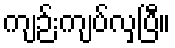
ကျဉ်းကျပ်လှပြီ။